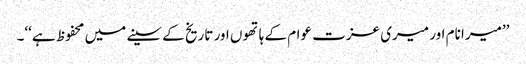
’’میرا نام اور میری عزت عوام کے ہاتھوں اور تاریخ کے سینے میں محفوظ ہے‘‘۔